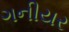
ગનીયર